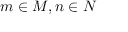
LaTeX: m \in M , n \in N